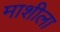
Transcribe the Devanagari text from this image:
माशीला